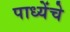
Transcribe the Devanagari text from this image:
पाध्येंचे